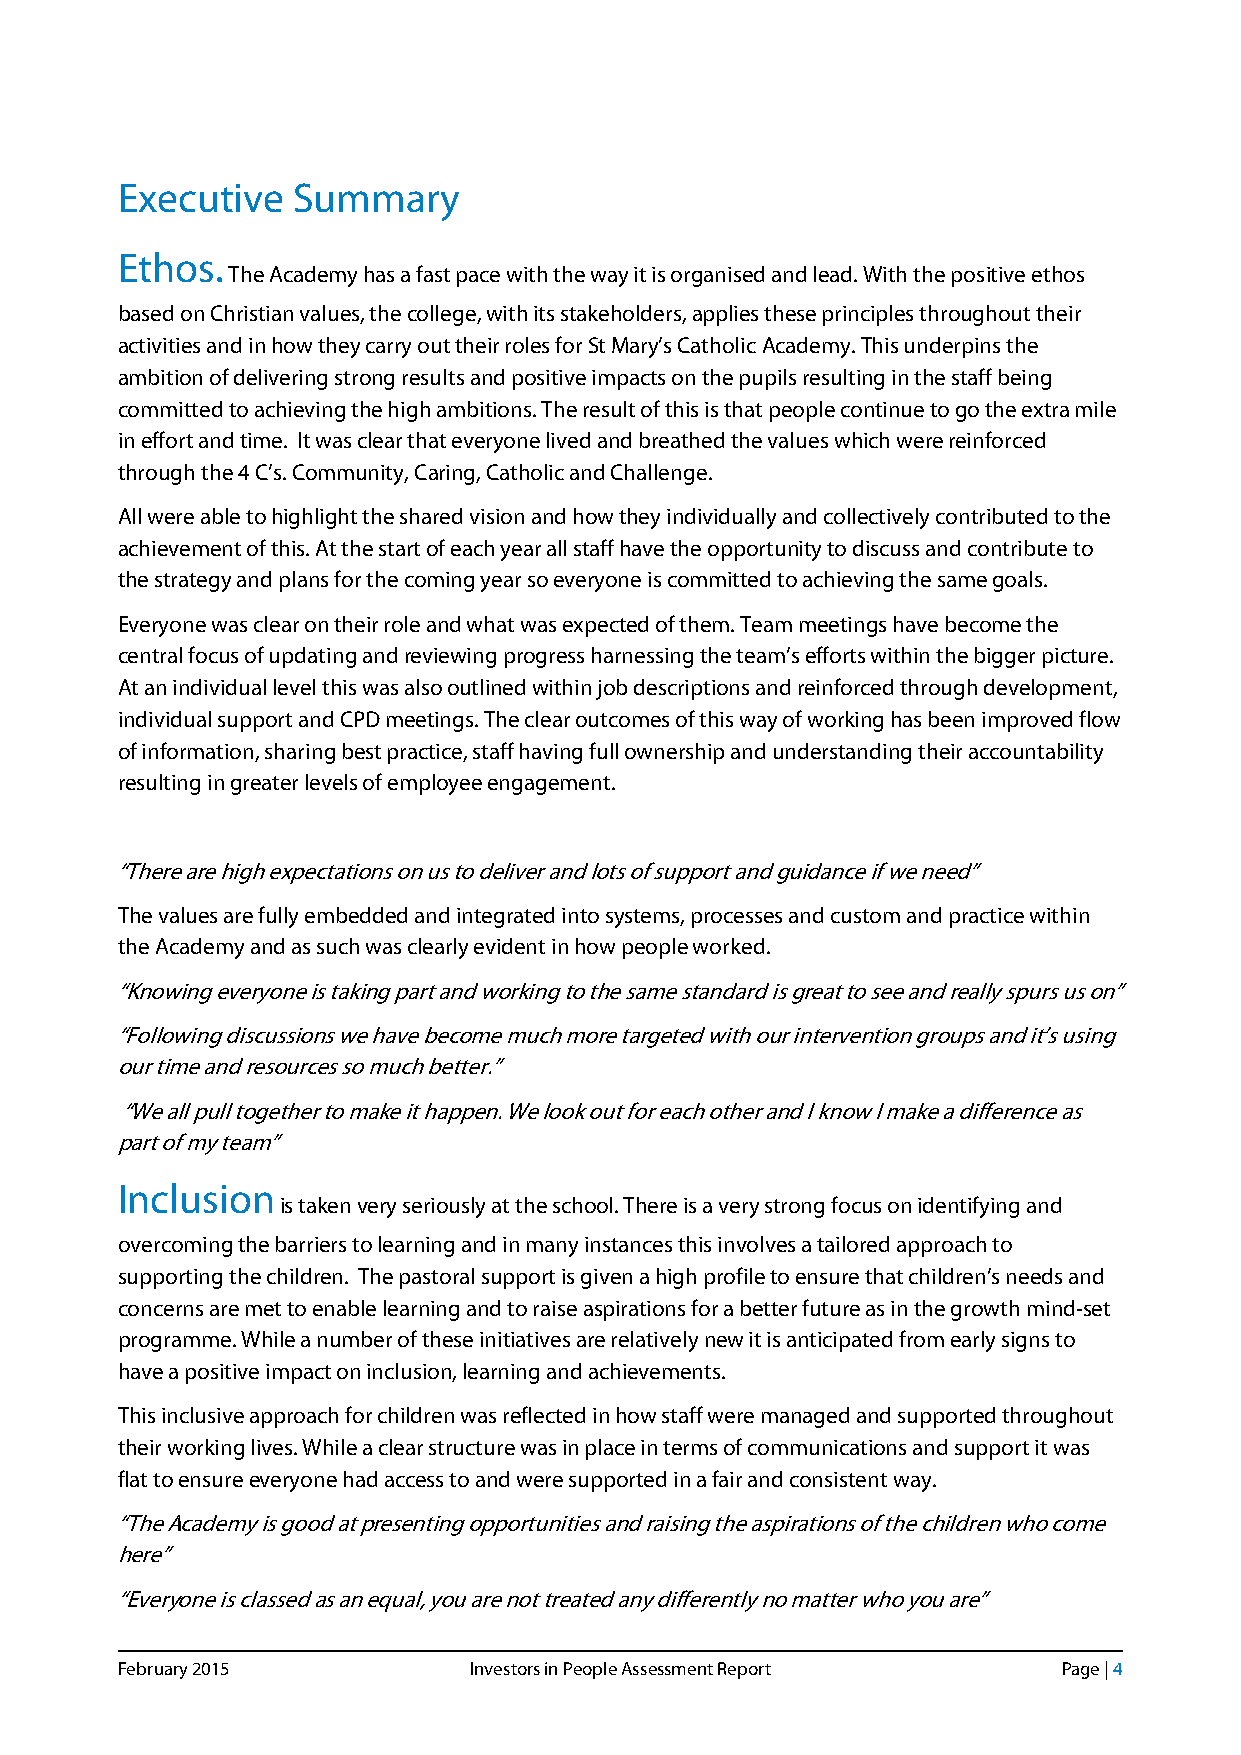
Executive  Summary
 Ethos.
 The Academy has a fast pace with the way it is organised and lead. With the positive ethos
 based on Christian values, the college, with its stakeholders, applies these principles throughout their
 activities and in how they carry out their roles for St Mary’s Catholic Academy. This underpins the
 ambition of delivering strong results and positive impacts on the pupils resulting in the staff being
 committed to achieving the high ambitions. The result of this is that people continue to go the extra mile
 in effort and time. It was clear that everyone lived and breathed the values which were reinforced
 through the 4 C’s. Community, Caring, Catholic and Challenge.
 All were able to highlight the shared vision and how they individually and collectively contributed to the
 achievement of this. At the start of each year all staff have the opportunity to discuss and contribute to
 the strategy and plans for the coming year so everyone is committed to achieving the same goals.
 Everyone was clear on their role and what was expected of them. Team meetings have become the
 central focus of updating and reviewing progress harnessing the team’s efforts within the bigger picture.
 At an individual level this was also outlined within job descriptions and reinforced through development,
 individual support and CPD meetings. The clear outcomes of this way of working has been improved flow
 of information, sharing best practice, staff having full ownership and understanding their accountability
 resulting in greater levels of employee engagement.
 “There are high expectations on us to deliver and lots of support and guidance if we need”
 The values are fully embedded and integrated into systems, processes and custom and practice within
 the Academy and as such was clearly evident in how people worked.
 “Knowing everyone is taking part and working to the same standard is great to see and really spurs us on”
 “Following discussions we have become much more targeted with our intervention groups and it’s using
 our time and resources so much better.”
 “We all pull together to make it happen. We look out for each other and I know I make a difference as
 part of my team”
 Inclusion
 is taken very seriously at the school. There is a very strong focus on identifying and
 overcoming the barriers to learning and in many instances this involves a tailored approach to
 supporting the children. The pastoral support is given a high profile to ensure that children’s needs and
 concerns are met to enable learning and to raise aspirations for a better future as in the growth mind-set
 programme. While a number of these initiatives are relatively new it is anticipated from early signs to
 have a positive impact on inclusion, learning and achievements.
 This inclusive approach for children was reflected in how staff were managed and supported throughout
 their working lives. While a clear structure was in place in terms of communications and support it was
 flat to ensure everyone had access to and were supported in a fair and consistent way.
 “The Academy is good at presenting opportunities and raising the aspirations of the children who come
 here”
 “Everyone is classed as an equal, you are not treated any differently no matter who you are”
 February 2015          Investors in People Assessment Report  Page | 4